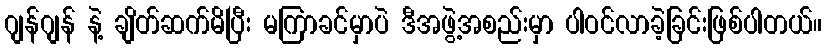
ဂျန်ဂျန် နဲ့ ချိတ်ဆက်မိပြီး မကြာခင်မှာပဲ ဒီအဖွဲ့အစည်းမှာ ပါဝင်လာခဲ့ခြင်းဖြစ်ပါတယ်။